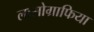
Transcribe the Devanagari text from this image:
लासोग्राफिया